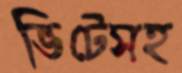
ভিটেসহ